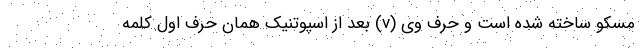
مسکو ساخته شده است و حرف وی (v) بعد از اسپوتنیک همان حرف اول کلمه